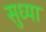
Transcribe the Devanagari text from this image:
सुध्या